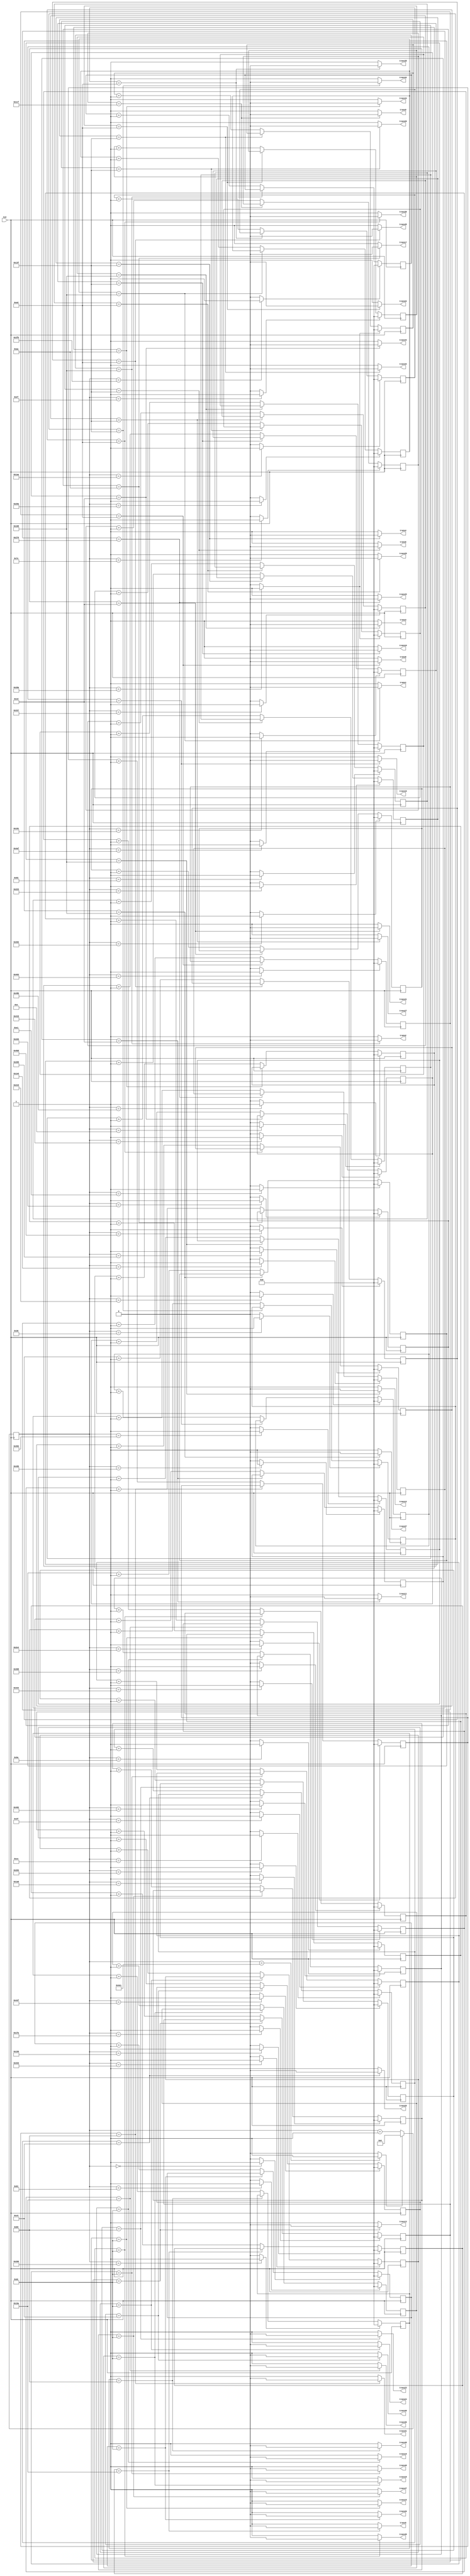
`timescale 1ns / 1ps
//////////////////////////////////////////////////////////////////////////////////
// Company: 
// Engineer: 
// 
// Design Name: 
// Module Name:    twin_6_7_powad_75mm 
// Project Name: 
// Target Devices: 
// Tool versions: 
// Description: 
//
// Dependencies: 
//
// Revision: 
// Revision 0.01 - File Created
// Additional Comments: 
//
//////////////////////////////////////////////////////////////////////////////////
module twin_6_7_powad_75mm(
 	 input CLK,
    output trans1,
    output trans2,
	 output trans3,
	 output trans4,
	 output trans5,
	 output trans6,

	 output trans8,
	 output trans9,
	 output trans10,
	 output trans11,
	 output trans12,
	 output trans13,

	 output trans15,
	 output trans16,
	 output trans17,
	 output trans18,
	 output trans19,
	 output trans20,

	 output trans22,
	 output trans23,
	 output trans24,
	 output trans25,
	 output trans26,
	 output trans27,

	 output trans29,
	 output trans30,
	 output trans31,
	 output trans32,
	 output trans33,
	 output trans34,

	 output trans36,
	 output trans37,
	 output trans38,
	 output trans39,
	 output trans40,
	 output trans41,

	 output trans43,
	 output trans44,
	 output trans45,
	 output trans46,
	 output trans47,
	 output trans48

    );


	//define signals
	reg [10:0] pwm_base_reg = 11'h000;
	reg [9:0] pwm1_duty_reg = 10'h000;
	reg [9:0] pwm2_duty_reg = 10'h000;
	reg [9:0] pwm3_duty_reg = 10'h000;
	reg [9:0] pwm4_duty_reg = 10'h000;
	reg [9:0] pwm5_duty_reg = 10'h000;
	reg [9:0] pwm6_duty_reg = 10'h000;

	reg [9:0] pwm8_duty_reg = 10'h000;
	reg [9:0] pwm9_duty_reg = 10'h000;
	reg [9:0] pwm10_duty_reg = 10'h000;
	reg [9:0] pwm11_duty_reg = 10'h000;	
	reg [9:0] pwm12_duty_reg = 10'h000;	
	reg [9:0] pwm13_duty_reg = 10'h000;

	reg [9:0] pwm15_duty_reg = 10'h000;
	reg [9:0] pwm16_duty_reg = 10'h000;
	reg [9:0] pwm17_duty_reg = 10'h000;
   reg [9:0] pwm18_duty_reg = 10'h000;
   reg [9:0] pwm19_duty_reg = 10'h000;
   reg [9:0] pwm20_duty_reg = 10'h000;

   reg [9:0] pwm22_duty_reg = 10'h000;
   reg [9:0] pwm23_duty_reg = 10'h000;
   reg [9:0] pwm24_duty_reg = 10'h000;
   reg [9:0] pwm25_duty_reg = 10'h000;
   reg [9:0] pwm26_duty_reg = 10'h000;
   reg [9:0] pwm27_duty_reg = 10'h000;

   reg [9:0] pwm29_duty_reg = 10'h000;
   reg [9:0] pwm30_duty_reg = 10'h000;
   reg [9:0] pwm31_duty_reg = 10'h000;
   reg [9:0] pwm32_duty_reg = 10'h000;
   reg [9:0] pwm33_duty_reg = 10'h000;
   reg [9:0] pwm34_duty_reg = 10'h000;

   reg [9:0] pwm36_duty_reg = 10'h000;
   reg [9:0] pwm37_duty_reg = 10'h000;
   reg [9:0] pwm38_duty_reg = 10'h000;
   reg [9:0] pwm39_duty_reg = 10'h000;
   reg [9:0] pwm40_duty_reg = 10'h000;
   reg [9:0] pwm41_duty_reg = 10'h000;

   reg [9:0] pwm43_duty_reg = 10'h000;
   reg [9:0] pwm44_duty_reg = 10'h000;
   reg [9:0] pwm45_duty_reg = 10'h000;
   reg [9:0] pwm46_duty_reg = 10'h000;
   reg [9:0] pwm47_duty_reg = 10'h000;
   reg [9:0] pwm48_duty_reg = 10'h000;

	
	reg [6:0] base_cycle_counter_reg = 7'h00;
	reg [15:0] count_base_reg = 16'h0000;
	
	wire pwm1;
	wire pwm2;
	wire pwm3;
	wire pwm4;
	wire pwm5;
	wire pwm6;

	wire pwm8;
	wire pwm9;
	wire pwm10;
	wire pwm11;
	wire pwm12;
	wire pwm13;

	wire pwm15;
	wire pwm16;
	wire pwm17;
   wire pwm18;
   wire pwm19;
   wire pwm20;

   wire pwm22;
   wire pwm23;
   wire pwm24;
   wire pwm25;
   wire pwm26;
   wire pwm27;

   wire pwm29;
   wire pwm30;
   wire pwm31;
   wire pwm32;
   wire pwm33;
   wire pwm34;

   wire pwm36;
   wire pwm37;
   wire pwm38;
   wire pwm39;
   wire pwm40;
   wire pwm41;

   wire pwm43;
   wire pwm44;
   wire pwm45;
   wire pwm46;
   wire pwm47;
   wire pwm48;

	
	wire pwm1_out;
	wire pwm2_out;
	wire pwm3_out;
	wire pwm4_out;
	wire pwm5_out;
	wire pwm6_out;

	wire pwm8_out;
	wire pwm9_out;
	wire pwm10_out;
	wire pwm11_out;
	wire pwm12_out;
	wire pwm13_out;

	wire pwm15_out;
	wire pwm16_out;
	wire pwm17_out;
	wire pwm18_out;
   wire pwm19_out;
   wire pwm20_out;

   wire pwm22_out;
   wire pwm23_out;
   wire pwm24_out;
   wire pwm25_out;
   wire pwm26_out;
   wire pwm27_out;

   wire pwm29_out;
   wire pwm30_out;
   wire pwm31_out;
   wire pwm32_out;
   wire pwm33_out;
   wire pwm34_out;

   wire pwm36_out;
   wire pwm37_out;
   wire pwm38_out;
   wire pwm39_out;
   wire pwm40_out;
   wire pwm41_out;

   wire pwm43_out;
   wire pwm44_out;
   wire pwm45_out;
   wire pwm46_out;
   wire pwm47_out;
   wire pwm48_out;

	wire pwmbp;
	

	//PWM Base Cycle Generate
	/* Calculation
		base count = 50[MHz] / 40 [kHz] = 1250
		0 ~ 1249 -> 1250 count
	*/
	always @(posedge CLK) begin  //CB16RE
		if (pwmbp == 1'b1) begin  //R:pwmbp
			pwm_base_reg <= 11'h000;  //h:hexadecimal, assign 0 to all bits
		end
		else begin
			pwm_base_reg <= pwm_base_reg + 1'b1;  //increment
		end
	end
	
	assign pwmbp = (pwm_base_reg[10:0] == 11'd1249) ? 1'b1 : 1'b0;  //COMP16
	
	//phase










































   assign pwm1  = (pwm_base_reg[10:0] == 11'd666) ? 1'b1 : 1'b0;  //COMP16
   assign pwm2  = (pwm_base_reg[10:0] == 11'd1019) ? 1'b1 : 1'b0;  //COMP16
   assign pwm3  = (pwm_base_reg[10:0] == 11'd1199) ? 1'b1 : 1'b0;  //COMP16
   assign pwm4  = (pwm_base_reg[10:0] == 11'd547) ? 1'b1 : 1'b0;  //COMP16
   assign pwm5  = (pwm_base_reg[10:0] == 11'd345) ? 1'b1 : 1'b0;  //COMP16
   assign pwm6  = (pwm_base_reg[10:0] == 11'd14) ? 1'b1 : 1'b0;  //COMP16
   assign pwm8  = (pwm_base_reg[10:0] == 11'd1123) ? 1'b1 : 1'b0;  //COMP16
   assign pwm9  = (pwm_base_reg[10:0] == 11'd126) ? 1'b1 : 1'b0;  //COMP16
   assign pwm10 = (pwm_base_reg[10:0] == 11'd385) ? 1'b1 : 1'b0;  //COMP16
   assign pwm11 = (pwm_base_reg[10:0] == 11'd1067) ? 1'b1 : 1'b0;  //COMP16
   assign pwm12 = (pwm_base_reg[10:0] == 11'd850) ? 1'b1 : 1'b0;  //COMP16
   assign pwm13 = (pwm_base_reg[10:0] == 11'd506) ? 1'b1 : 1'b0;  //COMP16
   assign pwm15 = (pwm_base_reg[10:0] == 11'd154) ? 1'b1 : 1'b0;  //COMP16
   assign pwm16 = (pwm_base_reg[10:0] == 11'd537) ? 1'b1 : 1'b0;  //COMP16
   assign pwm17 = (pwm_base_reg[10:0] == 11'd747) ? 1'b1 : 1'b0;  //COMP16
   assign pwm18 = (pwm_base_reg[10:0] == 11'd97) ? 1'b1 : 1'b0;  //COMP16
   assign pwm19 = (pwm_base_reg[10:0] == 11'd1154) ? 1'b1 : 1'b0;  //COMP16
   assign pwm20 = (pwm_base_reg[10:0] == 11'd730) ? 1'b1 : 1'b0;  //COMP16
   assign pwm22 = (pwm_base_reg[10:0] == 11'd239) ? 1'b1 : 1'b0;  //COMP16
   assign pwm23 = (pwm_base_reg[10:0] == 11'd643) ? 1'b1 : 1'b0;  //COMP16
   assign pwm24 = (pwm_base_reg[10:0] == 11'd819) ? 1'b1 : 1'b0;  //COMP16
   assign pwm25 = (pwm_base_reg[10:0] == 11'd206) ? 1'b1 : 1'b0;  //COMP16
   assign pwm26 = (pwm_base_reg[10:0] == 11'd0) ? 1'b1 : 1'b0;  //COMP16
   assign pwm27 = (pwm_base_reg[10:0] == 11'd823) ? 1'b1 : 1'b0;  //COMP16
   assign pwm29 = (pwm_base_reg[10:0] == 11'd146) ? 1'b1 : 1'b0;  //COMP16
   assign pwm30 = (pwm_base_reg[10:0] == 11'd521) ? 1'b1 : 1'b0;  //COMP16
   assign pwm31 = (pwm_base_reg[10:0] == 11'd740) ? 1'b1 : 1'b0;  //COMP16
   assign pwm32 = (pwm_base_reg[10:0] == 11'd48) ? 1'b1 : 1'b0;  //COMP16
   assign pwm33 = (pwm_base_reg[10:0] == 11'd1179) ? 1'b1 : 1'b0;  //COMP16
   assign pwm34 = (pwm_base_reg[10:0] == 11'd730) ? 1'b1 : 1'b0;  //COMP16
   assign pwm36 = (pwm_base_reg[10:0] == 11'd1060) ? 1'b1 : 1'b0;  //COMP16
   assign pwm37 = (pwm_base_reg[10:0] == 11'd225) ? 1'b1 : 1'b0;  //COMP16
   assign pwm38 = (pwm_base_reg[10:0] == 11'd426) ? 1'b1 : 1'b0;  //COMP16
   assign pwm39 = (pwm_base_reg[10:0] == 11'd1071) ? 1'b1 : 1'b0;  //COMP16
   assign pwm40 = (pwm_base_reg[10:0] == 11'd872) ? 1'b1 : 1'b0;  //COMP16
   assign pwm41 = (pwm_base_reg[10:0] == 11'd514) ? 1'b1 : 1'b0;  //COMP16
   assign pwm43 = (pwm_base_reg[10:0] == 11'd486) ? 1'b1 : 1'b0;  //COMP16
   assign pwm44 = (pwm_base_reg[10:0] == 11'd1049) ? 1'b1 : 1'b0;  //COMP16
   assign pwm45 = (pwm_base_reg[10:0] == 11'd1213) ? 1'b1 : 1'b0;  //COMP16
   assign pwm46 = (pwm_base_reg[10:0] == 11'd614) ? 1'b1 : 1'b0;  //COMP16
   assign pwm47 = (pwm_base_reg[10:0] == 11'd416) ? 1'b1 : 1'b0;  //COMP16
   assign pwm48 = (pwm_base_reg[10:0] == 11'd63) ? 1'b1 : 1'b0;  //COMP16
	



	//PWM Duty Ratio Generate
    always @(posedge CLK) begin  //CB16RE
        if (pwm1 == 1'b1) begin  //R:pwm1
            pwm1_duty_reg <= 11'h000;
        end
        else if (pwm1_out == 1'b1) begin  //CE:pwm1_out
            pwm1_duty_reg <= pwm1_duty_reg + 1'b1;
        end
    end
    
    always @(posedge CLK) begin  //CB16RE
        if (pwm2 == 1'b1) begin  //R:pwm2
            pwm2_duty_reg <= 11'h000;
        end
        else if (pwm2_out == 1'b1) begin  //CE:pwm2_out
            pwm2_duty_reg <= pwm2_duty_reg + 1'b1;
        end
    end
    
    always @(posedge CLK) begin  //CB16RE
        if (pwm3 == 1'b1) begin  //R:pwm3
            pwm3_duty_reg <= 11'h000;
        end
        else if (pwm3_out == 1'b1) begin  //CE:pwm3_out
            pwm3_duty_reg <= pwm3_duty_reg + 1'b1;
        end
    end
    
    always @(posedge CLK) begin  //CB16RE
        if (pwm4 == 1'b1) begin  //R:pwm4
            pwm4_duty_reg <= 11'h000;
        end
        else if (pwm4_out == 1'b1) begin  //CE:pwm4_out
            pwm4_duty_reg <= pwm4_duty_reg + 1'b1;
        end
    end
    
    always @(posedge CLK) begin  //CB16RE
        if (pwm5 == 1'b1) begin  //R:pwm5
            pwm5_duty_reg <= 11'h000;
        end
        else if (pwm5_out == 1'b1) begin  //CE:pwm5_out
            pwm5_duty_reg <= pwm5_duty_reg + 1'b1;
        end
    end
    
    always @(posedge CLK) begin  //CB16RE
        if (pwm6 == 1'b1) begin  //R:pwm6
            pwm6_duty_reg <= 11'h000;
        end
        else if (pwm6_out == 1'b1) begin  //CE:pwm6_out
            pwm6_duty_reg <= pwm6_duty_reg + 1'b1;
        end
    end
    

    
    always @(posedge CLK) begin  //CB16RE
        if (pwm8 == 1'b1) begin  //R:pwm8
            pwm8_duty_reg <= 11'h000;
        end
        else if (pwm8_out == 1'b1) begin  //CE:pwm8_out
            pwm8_duty_reg <= pwm8_duty_reg + 1'b1;
        end
    end
    
    always @(posedge CLK) begin  //CB16RE
        if (pwm9 == 1'b1) begin  //R:pwm9
            pwm9_duty_reg <= 11'h000;
        end
        else if (pwm9_out == 1'b1) begin  //CE:pwm9_out
            pwm9_duty_reg <= pwm9_duty_reg + 1'b1;
        end
    end
    
    always @(posedge CLK) begin  //CB16RE
        if (pwm10 == 1'b1) begin  //R:pwm10
            pwm10_duty_reg <= 11'h000;
        end
        else if (pwm10_out == 1'b1) begin  //CE:pwm10_out
            pwm10_duty_reg <= pwm10_duty_reg + 1'b1;
        end
    end
    
   always @(posedge CLK) begin  //CB16RE
        if (pwm11 == 1'b1) begin  //R:pwm11
            pwm11_duty_reg <= 11'h000;
        end
        else if (pwm11_out == 1'b1) begin  //CE:pwm11_out
            pwm11_duty_reg <= pwm11_duty_reg + 1'b1;
        end
    end

   always @(posedge CLK) begin  //CB16RE
        if (pwm12 == 1'b1) begin  //R:pwm12
            pwm12_duty_reg <= 11'h000;
        end
        else if (pwm12_out == 1'b1) begin  //CE:pwm12_out
            pwm12_duty_reg <= pwm12_duty_reg + 1'b1;
        end
    end

   always @(posedge CLK) begin  //CB16RE
        if (pwm13 == 1'b1) begin  //R:pwm13
            pwm13_duty_reg <= 11'h000;
        end
        else if (pwm13_out == 1'b1) begin  //CE:pwm13_out
            pwm13_duty_reg <= pwm13_duty_reg + 1'b1;
        end
    end


	 
    always @(posedge CLK) begin  //CB16RE
        if (pwm15 == 1'b1) begin  //R:pwm15
            pwm15_duty_reg <= 11'h000;
        end
        else if (pwm15_out == 1'b1) begin  //CE:pwm15_out
            pwm15_duty_reg <= pwm15_duty_reg + 1'b1;
        end
    end
	 
    always @(posedge CLK) begin  //CB16RE
        if (pwm16 == 1'b1) begin  //R:pwm16
            pwm16_duty_reg <= 11'h000;
        end
        else if (pwm16_out == 1'b1) begin  //CE:pwm16_out
            pwm16_duty_reg <= pwm16_duty_reg + 1'b1;
        end
    end
	 
    always @(posedge CLK) begin  //CB16RE
        if (pwm17 == 1'b1) begin  //R:pwm17
            pwm17_duty_reg <= 11'h000;
        end
        else if (pwm17_out == 1'b1) begin  //CE:pwm17_out
            pwm17_duty_reg <= pwm17_duty_reg + 1'b1;
        end
    end

    always @(posedge CLK) begin  //CB16RE
        if (pwm18 == 1'b1) begin  //R:pwm18
            pwm18_duty_reg <= 11'h000;
        end
        else if (pwm18_out == 1'b1) begin  //CE:pwm18_out
            pwm18_duty_reg <= pwm18_duty_reg + 1'b1;
        end
    end

	 always @(posedge CLK) begin  //CB16RE
        if (pwm19 == 1'b1) begin  //R:pwm19
            pwm19_duty_reg <= 11'h000;
        end
        else if (pwm19_out == 1'b1) begin  //CE:pwm19_out
            pwm19_duty_reg <= pwm19_duty_reg + 1'b1;
        end
    end

	 always @(posedge CLK) begin  //CB16RE
        if (pwm20 == 1'b1) begin  //R:pwm20
            pwm20_duty_reg <= 11'h000;
        end
        else if (pwm20_out == 1'b1) begin  //CE:pwm20_out
            pwm20_duty_reg <= pwm20_duty_reg + 1'b1;
        end
    end



	 always @(posedge CLK) begin  //CB16RE
        if (pwm22 == 1'b1) begin  //R:pwm22
            pwm22_duty_reg <= 11'h000;
        end
        else if (pwm22_out == 1'b1) begin  //CE:pwm22_out
            pwm22_duty_reg <= pwm22_duty_reg + 1'b1;
        end
    end

	 always @(posedge CLK) begin  //CB16RE
        if (pwm23 == 1'b1) begin  //R:pwm23
            pwm23_duty_reg <= 11'h000;
        end
        else if (pwm23_out == 1'b1) begin  //CE:pwm23_out
            pwm23_duty_reg <= pwm23_duty_reg + 1'b1;
        end
    end
	 
    always @(posedge CLK) begin  //CB16RE
        if (pwm24 == 1'b1) begin  //R:pwm24
            pwm24_duty_reg <= 11'h000;
        end
        else if (pwm24_out == 1'b1) begin  //CE:pwm24_out
            pwm24_duty_reg <= pwm24_duty_reg + 1'b1;
        end
    end
	 
    always @(posedge CLK) begin  //CB16RE
        if (pwm25 == 1'b1) begin  //R:pwm25
            pwm25_duty_reg <= 11'h000;
        end
        else if (pwm25_out == 1'b1) begin  //CE:pwm25_out
            pwm25_duty_reg <= pwm25_duty_reg + 1'b1;
        end
    end
	 
    always @(posedge CLK) begin  //CB16RE
        if (pwm26 == 1'b1) begin  //R:pwm26
            pwm26_duty_reg <= 11'h000;
        end
        else if (pwm26_out == 1'b1) begin  //CE:pwm26_out
            pwm26_duty_reg <= pwm26_duty_reg + 1'b1;
        end
    end
	 
    always @(posedge CLK) begin  //CB16RE
        if (pwm27 == 1'b1) begin  //R:pwm27
            pwm27_duty_reg <= 11'h000;
        end
        else if (pwm27_out == 1'b1) begin  //CE:pwm27_out
            pwm27_duty_reg <= pwm27_duty_reg + 1'b1;
        end
    end
	 

	 
    always @(posedge CLK) begin  //CB16RE
        if (pwm29 == 1'b1) begin  //R:pwm29
            pwm29_duty_reg <= 11'h000;
        end
        else if (pwm29_out == 1'b1) begin  //CE:pwm29_out
            pwm29_duty_reg <= pwm29_duty_reg + 1'b1;
        end
    end
	 
    always @(posedge CLK) begin  //CB16RE
        if (pwm30 == 1'b1) begin  //R:pwm30
            pwm30_duty_reg <= 11'h000;
        end
        else if (pwm30_out == 1'b1) begin  //CE:pwm30_out
            pwm30_duty_reg <= pwm30_duty_reg + 1'b1;
        end
    end
	 
    always @(posedge CLK) begin  //CB16RE
        if (pwm31 == 1'b1) begin  //R:pwm31
            pwm31_duty_reg <= 11'h000;
        end
        else if (pwm31_out == 1'b1) begin  //CE:pwm31_out
            pwm31_duty_reg <= pwm31_duty_reg + 1'b1;
        end
    end
	 
    always @(posedge CLK) begin  //CB16RE
        if (pwm32 == 1'b1) begin  //R:pwm32
            pwm32_duty_reg <= 11'h000;
        end
        else if (pwm32_out == 1'b1) begin  //CE:pwm32_out
            pwm32_duty_reg <= pwm32_duty_reg + 1'b1;
        end
    end
	 
    always @(posedge CLK) begin  //CB16RE
        if (pwm33 == 1'b1) begin  //R:pwm33
            pwm33_duty_reg <= 11'h000;
        end
        else if (pwm33_out == 1'b1) begin  //CE:pwm33_out
            pwm33_duty_reg <= pwm33_duty_reg + 1'b1;
        end
    end
	 
    always @(posedge CLK) begin  //CB16RE
        if (pwm34 == 1'b1) begin  //R:pwm34
            pwm34_duty_reg <= 11'h000;
        end
        else if (pwm34_out == 1'b1) begin  //CE:pwm34_out
            pwm34_duty_reg <= pwm34_duty_reg + 1'b1;
        end
    end
	 

	 
    always @(posedge CLK) begin  //CB16RE
        if (pwm36 == 1'b1) begin  //R:pwm36
            pwm36_duty_reg <= 11'h000;
        end
        else if (pwm36_out == 1'b1) begin  //CE:pwm36_out
            pwm36_duty_reg <= pwm36_duty_reg + 1'b1;
        end
    end
	 
    always @(posedge CLK) begin  //CB16RE
        if (pwm37 == 1'b1) begin  //R:pwm37
            pwm37_duty_reg <= 11'h000;
        end
        else if (pwm37_out == 1'b1) begin  //CE:pwm37_out
            pwm37_duty_reg <= pwm37_duty_reg + 1'b1;
        end
    end
	 
    always @(posedge CLK) begin  //CB16RE
        if (pwm38 == 1'b1) begin  //R:pwm38
            pwm38_duty_reg <= 11'h000;
        end
        else if (pwm38_out == 1'b1) begin  //CE:pwm38_out
            pwm38_duty_reg <= pwm38_duty_reg + 1'b1;
        end
    end
	 
    always @(posedge CLK) begin  //CB16RE
        if (pwm39 == 1'b1) begin  //R:pwm39
            pwm39_duty_reg <= 11'h000;
        end
        else if (pwm39_out == 1'b1) begin  //CE:pwm39_out
            pwm39_duty_reg <= pwm39_duty_reg + 1'b1;
        end
    end
	 
    always @(posedge CLK) begin  //CB16RE
        if (pwm40 == 1'b1) begin  //R:pwm40
            pwm40_duty_reg <= 11'h000;
        end
        else if (pwm40_out == 1'b1) begin  //CE:pwm40_out
            pwm40_duty_reg <= pwm40_duty_reg + 1'b1;
        end
    end
	 
    always @(posedge CLK) begin  //CB16RE
        if (pwm41 == 1'b1) begin  //R:pwm41
            pwm41_duty_reg <= 11'h000;
        end
        else if (pwm41_out == 1'b1) begin  //CE:pwm41_out
            pwm41_duty_reg <= pwm41_duty_reg + 1'b1;
        end
    end
	 

	 
    always @(posedge CLK) begin  //CB16RE
        if (pwm43 == 1'b1) begin  //R:pwm43
            pwm43_duty_reg <= 11'h000;
        end
        else if (pwm43_out == 1'b1) begin  //CE:pwm43_out
            pwm43_duty_reg <= pwm43_duty_reg + 1'b1;
        end
    end
	 
    always @(posedge CLK) begin  //CB16RE
        if (pwm44 == 1'b1) begin  //R:pwm44
            pwm44_duty_reg <= 11'h000;
        end
        else if (pwm44_out == 1'b1) begin  //CE:pwm44_out
            pwm44_duty_reg <= pwm44_duty_reg + 1'b1;
        end
    end
	 
    always @(posedge CLK) begin  //CB16RE
        if (pwm45 == 1'b1) begin  //R:pwm45
            pwm45_duty_reg <= 11'h000;
        end
        else if (pwm45_out == 1'b1) begin  //CE:pwm45_out
            pwm45_duty_reg <= pwm45_duty_reg + 1'b1;
        end
    end
	 
    always @(posedge CLK) begin  //CB16RE
        if (pwm46 == 1'b1) begin  //R:pwm46
            pwm46_duty_reg <= 11'h000;
        end
        else if (pwm46_out == 1'b1) begin  //CE:pwm46_out
            pwm46_duty_reg <= pwm46_duty_reg + 1'b1;
        end
    end
	 
    always @(posedge CLK) begin  //CB16RE
        if (pwm47 == 1'b1) begin  //R:pwm47
            pwm47_duty_reg <= 11'h000;
        end
        else if (pwm47_out == 1'b1) begin  //CE:pwm47_out
            pwm47_duty_reg <= pwm47_duty_reg + 1'b1;
        end
    end
	 
    always @(posedge CLK) begin  //CB16RE
        if (pwm48 == 1'b1) begin  //R:pwm48
            pwm48_duty_reg <= 11'h000;
        end
        else if (pwm48_out == 1'b1) begin  //CE:pwm48_out
            pwm48_duty_reg <= pwm48_duty_reg + 1'b1;
        end
    end
       

	//duty ratio  ex 50% -> 1250 / 2 = 625
	assign pwm1_out = (pwm1_duty_reg[9:0] == 10'd264) ? 1'b0 : 1'b1;  //COMP16
	assign pwm2_out = (pwm2_duty_reg[9:0] == 10'd264) ? 1'b0 : 1'b1;  //COMP16
	assign pwm3_out = (pwm3_duty_reg[9:0] == 10'd264) ? 1'b0 : 1'b1;  //COMP16
	assign pwm4_out = (pwm4_duty_reg[9:0] == 10'd319) ? 1'b0 : 1'b1;  //COMP16
	assign pwm5_out = (pwm5_duty_reg[9:0] == 10'd362) ? 1'b0 : 1'b1;  //COMP16
	assign pwm6_out = (pwm6_duty_reg[9:0] == 10'd319) ? 1'b0 : 1'b1;  //COMP16

	assign pwm8_out = (pwm8_duty_reg[9:0] == 10'd237) ? 1'b0 : 1'b1;  //COMP16
	assign pwm9_out = (pwm9_duty_reg[9:0] == 10'd463) ? 1'b0 : 1'b1;  //COMP16
	assign pwm10_out = (pwm10_duty_reg[9:0] == 10'd319) ? 1'b0 : 1'b1;  //COMP16
   assign pwm11_out = (pwm11_duty_reg[9:0] == 10'd205) ? 1'b0 : 1'b1;  //COMP16 
   assign pwm12_out = (pwm12_duty_reg[9:0] == 10'd264) ? 1'b0 : 1'b1;  //COMP16 
   assign pwm13_out = (pwm13_duty_reg[9:0] == 10'd220) ? 1'b0 : 1'b1;  //COMP16 

   assign pwm15_out = (pwm15_duty_reg[9:0] == 10'd220) ? 1'b0 : 1'b1;  //COMP16 
   assign pwm16_out = (pwm16_duty_reg[9:0] == 10'd205) ? 1'b0 : 1'b1;  //COMP16
   assign pwm17_out = (pwm17_duty_reg[9:0] == 10'd170) ? 1'b0 : 1'b1;  //COMP16
   assign pwm18_out = (pwm18_duty_reg[9:0] == 10'd220) ? 1'b0 : 1'b1;  //COMP16
   assign pwm19_out = (pwm19_duty_reg[9:0] == 10'd220) ? 1'b0 : 1'b1;  //COMP16
   assign pwm20_out = (pwm20_duty_reg[9:0] == 10'd319) ? 1'b0 : 1'b1;  //COMP16

   assign pwm22_out = (pwm22_duty_reg[9:0] == 10'd237) ? 1'b0 : 1'b1;  //COMP16
   assign pwm23_out = (pwm23_duty_reg[9:0] == 10'd185) ? 1'b0 : 1'b1;  //COMP16
   assign pwm24_out = (pwm24_duty_reg[9:0] == 10'd220) ? 1'b0 : 1'b1;  //COMP16
   assign pwm25_out = (pwm25_duty_reg[9:0] == 10'd197) ? 1'b0 : 1'b1;  //COMP16
   assign pwm26_out = (pwm26_duty_reg[9:0] == 10'd220) ? 1'b0 : 1'b1;  //COMP16
   assign pwm27_out = (pwm27_duty_reg[9:0] == 10'd319) ? 1'b0 : 1'b1;  //COMP16

   assign pwm29_out = (pwm29_duty_reg[9:0] == 10'd237) ? 1'b0 : 1'b1;  //COMP16
   assign pwm30_out = (pwm30_duty_reg[9:0] == 10'd237) ? 1'b0 : 1'b1;  //COMP16
   assign pwm31_out = (pwm31_duty_reg[9:0] == 10'd185) ? 1'b0 : 1'b1;  //COMP16
   assign pwm32_out = (pwm32_duty_reg[9:0] == 10'd319) ? 1'b0 : 1'b1;  //COMP16
   assign pwm33_out = (pwm33_duty_reg[9:0] == 10'd170) ? 1'b0 : 1'b1;  //COMP16
   assign pwm34_out = (pwm34_duty_reg[9:0] == 10'd319) ? 1'b0 : 1'b1;  //COMP16

   assign pwm36_out = (pwm36_duty_reg[9:0] == 10'd362) ? 1'b0 : 1'b1;  //COMP16
   assign pwm37_out = (pwm37_duty_reg[9:0] == 10'd264) ? 1'b0 : 1'b1;  //COMP16
   assign pwm38_out = (pwm38_duty_reg[9:0] == 10'd237) ? 1'b0 : 1'b1;  //COMP16
   assign pwm39_out = (pwm39_duty_reg[9:0] == 10'd197) ? 1'b0 : 1'b1;  //COMP16
   assign pwm40_out = (pwm40_duty_reg[9:0] == 10'd220) ? 1'b0 : 1'b1;  //COMP16
   assign pwm41_out = (pwm41_duty_reg[9:0] == 10'd205) ? 1'b0 : 1'b1;  //COMP16

   assign pwm43_out = (pwm43_duty_reg[9:0] == 10'd624) ? 1'b0 : 1'b1;  //COMP16
   assign pwm44_out = (pwm44_duty_reg[9:0] == 10'd205) ? 1'b0 : 1'b1;  //COMP16
   assign pwm45_out = (pwm45_duty_reg[9:0] == 10'd237) ? 1'b0 : 1'b1;  //COMP16
   assign pwm46_out = (pwm46_duty_reg[9:0] == 10'd185) ? 1'b0 : 1'b1;  //COMP16
   assign pwm47_out = (pwm47_duty_reg[9:0] == 10'd220) ? 1'b0 : 1'b1;  //COMP16
   assign pwm48_out = (pwm48_duty_reg[9:0] == 10'd220) ? 1'b0 : 1'b1;  //COMP16
	
	//To transducers
   assign trans1 = pwm1_out;
   assign trans2 = pwm2_out;
   assign trans3 = pwm3_out;
   assign trans4 = pwm4_out;
   assign trans5 = pwm5_out;
   assign trans6 = pwm6_out;

   assign trans8 = pwm8_out;
   assign trans9 = pwm9_out;
   assign trans10 = pwm10_out;
   assign trans11 = pwm11_out;
   assign trans12 = pwm12_out;
   assign trans13 = pwm13_out;

   assign trans15 = pwm15_out;
   assign trans16 = pwm16_out;
   assign trans17 = pwm17_out;
   assign trans18 = pwm18_out;
   assign trans19 = pwm19_out;
   assign trans20 = pwm20_out;

   assign trans22 = pwm22_out;
   assign trans23 = pwm23_out;
   assign trans24 = pwm24_out;
   assign trans25 = pwm25_out;
   assign trans26 = pwm26_out;
   assign trans27 = pwm27_out;

   assign trans29 = pwm29_out;
   assign trans30 = pwm30_out;
   assign trans31 = pwm31_out;
   assign trans32 = pwm32_out;
   assign trans33 = pwm33_out;
   assign trans34 = pwm34_out;

   assign trans36 = pwm36_out;
   assign trans37 = pwm37_out;
   assign trans38 = pwm38_out;
   assign trans39 = pwm39_out;
   assign trans40 = pwm40_out;
   assign trans41 = pwm41_out;

   assign trans43 = pwm43_out;
   assign trans44 = pwm44_out;
   assign trans45 = pwm45_out;
   assign trans46 = pwm46_out;
   assign trans47 = pwm47_out;
   assign trans48 = pwm48_out;

endmodule